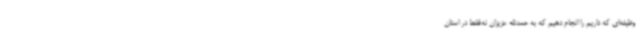
وظیفه‌ای که داریم را انجام دهیم که به حمدالله عزیزان نه‌فقط در استان